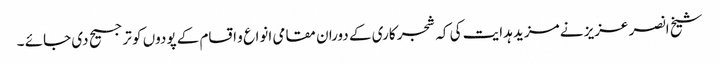
شیخ انصر عزیز نے مزید ہدایت کی کہ شجر کاری کے دوران مقامی انواع و اقسام کے پودوں کو ترجیح دی جائے ۔